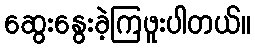
ဆွေးနွေးခဲ့ကြဖူးပါတယ်။